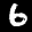
Label: 6